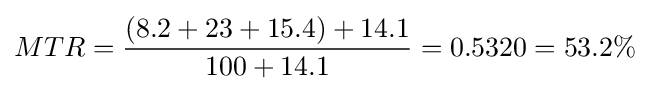
MTR={\frac {(8.2+23+15.4)+14.1}{100+14.1}}=0.5320=53.2\%